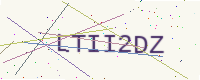
Text: LTII2DZ